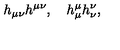
h _ { \mu \nu } h ^ { \mu \nu } , \quad h _ { \mu } ^ { \mu } h _ { \nu } ^ { \nu } ,